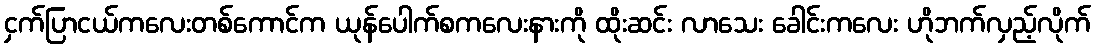
ငှက်ပြာငယ်ကလေးတစ်ကောင်က ယုန်ပေါက်စကလေးနားကို ထိုးဆင်း လာသေး ခေါင်းကလေး ဟိုဘက်လှည့်လိုက်